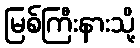
မြစ်ကြီးနားသို့